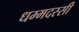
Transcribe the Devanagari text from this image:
धम्मदस्सी